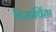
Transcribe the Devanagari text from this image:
डिसार्थ्रिया